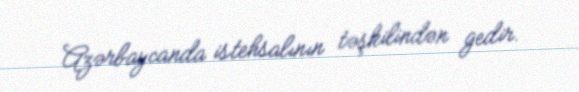
Azərbaycanda istehsalının təşkilindən gedir.